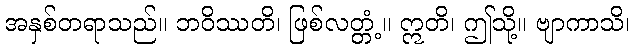
အနှစ်တရာသည်။ ဘဝိဿတိ၊ ဖြစ်လတ္တံ့။ ဣတိ၊ ဤသို့။ ဗျာကာသိ၊